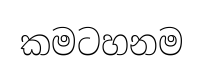
කමටහනම